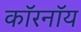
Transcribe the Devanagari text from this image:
कॉरनॉय